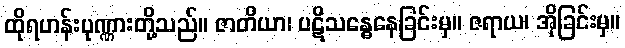
ထိုရဟန်းပုဏ္ဏားတို့သည်။ ဇာတိယာ၊ ပဋိသန္ဓေနေခြင်းမှ။ ဇရာယ၊ အိုခြင်းမှ။